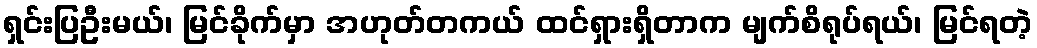
ရှင်းပြဦးမယ်၊ မြင်ခိုက်မှာ အဟုတ်တကယ် ထင်ရှားရှိတာက မျက်စိရုပ်ရယ်၊ မြင်ရတဲ့